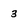
Character: 3